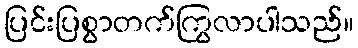
ပြင်းပြစွာတက်ကြွလာပါသည်။